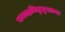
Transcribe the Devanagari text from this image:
कटाक्षयितुभुपक्रमः